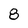
Character: 8